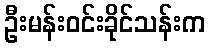
ဦးမန်းဝင်းခိုင်သန်းက